Bulletin of the Pasteur Institute of Southern India, Coonoor - No. 3.
Year: 1910
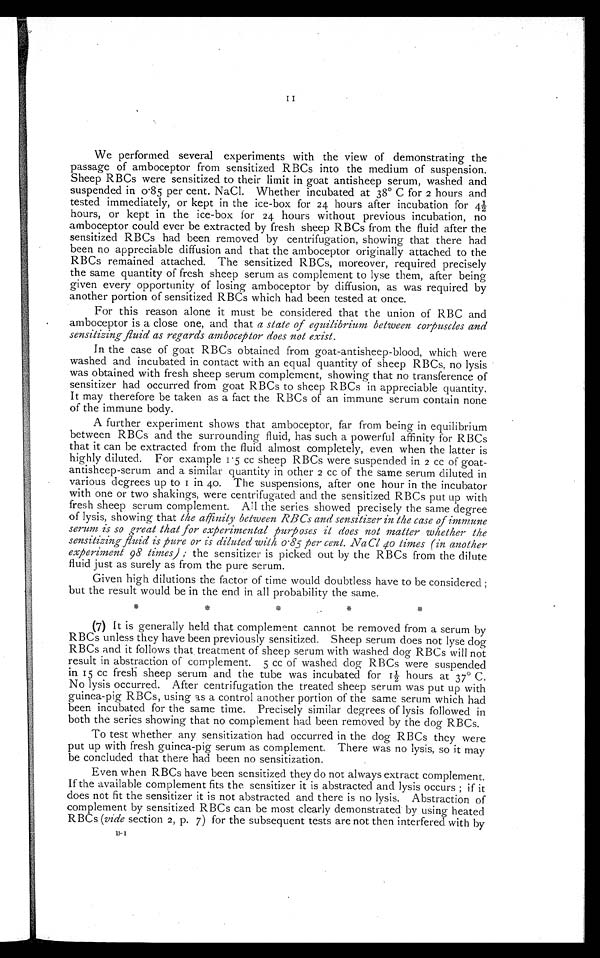
We performed several experiments with the view of demonstrating the
passage of amboceptor from sensitized RBCs into the medium of suspension.
Sheep RBCs were sensitized to their limit in goat antisheep serum, washed and
suspended in 0·85 per cent. NaCl. Whether incubated at 38° C for 2 hours and
tested immediately, or kept in the ice-box for 24 hours after incubation for 4½
hours, or kept in the ice-box for 24 hours without previous incubation, no
amboceptor could ever be extracted by fresh sheep RBCs from the fluid after the
sensitized RBCs had been removed by centrifugation, showing that there had
been no appreciable diffusion and that the amboceptor originally attached to the
RBCs remained attached. The sensitized RBCs, moreover, required precisely
the same quantity of fresh sheep serum as complement to lyse them, after being
given every opportunity of losing amboceptor by diffusion, as was required by
another portion of sensitized RBCs which had been tested at once.
For this reason alone it must be considered that the union of RBC and
amboceptor is a close one, and that a state of equilibrium between corpuscles and
sensitizing fluid as regards amboceptor does not exist.
In the case of goat RBCs obtained from goat-antisheep-blood, which were
washed and incubated in contact with an equal quantity of sheep RBCs, no lysis
was obtained with fresh sheep serum complement, showing that no transference of
sensitizer had occurred from goat RBCs to sheep RBCs in appreciable quantity.
It may therefore be taken as a fact the RBCs of an immune serum contain none
of the immune body.
A further experiment shows that amboceptor, far from being in equilibrium
between RBCs and the surrounding fluid, has such a powerful affinity for RBCs
that it can be extracted from the fluid almost completely, even when the latter is
highly diluted. For example 1·5 cc sheep RBCs were suspended in 2 cc of goat-
antisheep-serum and a similar quantity in other 2 cc of the same serum diluted in
vari ous degrees up t o 1 i n 40. The suspensi ons, aft er one hour i n t he i ncubat or
with one or two shakings, were centrifugated and the sensitized RBCs put up with
fresh sheep serum complement. All the series showed precisely the same degree
of lysis, showing that the affinity between RBCs and sensitizer in the case of immune
serum is so great that for experimental purposes it does not matter whether the
sensitizing- fluid is pure or is diluted with 0.85 per cent. NaCl 40 times (in another
experiment 98 times) the sensitizer is picked out by the RBCs from the dilute
fluid just as surely as from the pure serum.
Given high dilutions the factor of time would doubtless have to be considered ;
but the result would be in the end in all probability the same.
(7) It is generally held that complement cannot be removed from a serum by
RBCs unless they have been previously sensitized. Sheep serum does not lyse dog
RBCs and it follows that treatment of sheep serum with washed dog RBCs will not
result in abstraction of complement. 5 cc of washed dog RBCs were suspended
in 15 cc fresh sheep serum and the tube was incubated for 1½ hours at 37° C.
No lysis occurred. After centrifugation the treated sheep serum was put up with
guinea-pig RBCs, using as a control another portion of the same serum which had
been incubated for the same time. Precisely similar degrees of lysis followed in
both the series showing that no complement had been removed by the dog RBCs.
To test whether any sensitization had occurred in the dog RBCs they were
put up with fresh guinea-pig serum as complement. There was no lysis, so it may
be concluded that there had been no sensitization.
Even when. RBCs have been sensitized they do not always extract complement.
If the available complement fits the sensitizer it is abstracted and lysis occurs; if it
does not fit the sensitizer it is not abstracted and there is no lysis. Abstraction of
complement by sensitized RBCs can be most clearly demonstrated by using heated
RBCs (vide section 2, p. 7) for the subsequent tests are not then interfered with by
B - 1